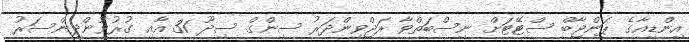
އިންޑިއާގެ ޕަންޖާބް ސްޓޭޓަށް ނިސްބަތްވާ ރަޖްވިންދަރު ސިންގް ސިދޫ 31 އާއި ގުރުވުންދިންސަރު